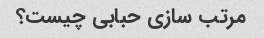
مرتب سازی حبابی چیست؟